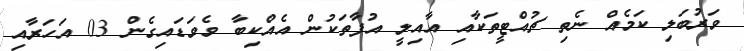
ވަރުބަލި ކަމެއް ނެތި ޗުއްޓީތަކާއި އާއިލީ އުފާތަކުން އެއްކިބާ ވެވަޑައިގެން 03 އަހަރާއި